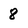
Character: 8